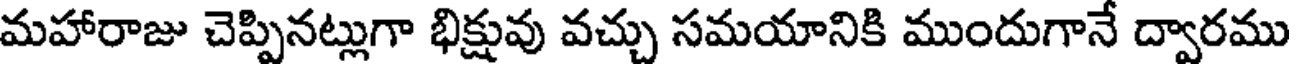
మహారాజు చెప్పినట్లుగా భిక్షువు వచ్చు సమయానికి ముందుగానే ద్వారము